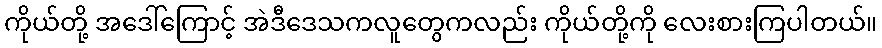
ကိုယ်တို့ အဒေါ်ကြောင့် အဲဒီဒေသကလူတွေကလည်း ကိုယ်တို့ကို လေးစားကြပါတယ်။